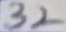
Text: 32